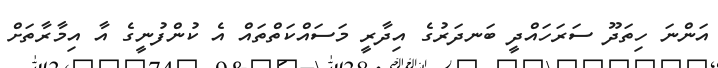
އަންނަ ހިތަދޫ ސަރަހައްދީ ބަނދަރުގެ އިދާރީ މަސައްކަތްތައް އެ ކުންފުނީގެ އާ އިމާރާތަށް